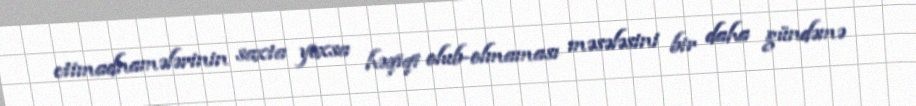
etimadnamələrinin saxta yoxsa həqiqi olub-olmaması məsələsini bir daha gündəmə